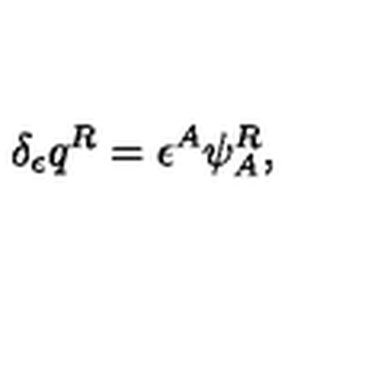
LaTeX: \delta _ { \epsilon } q ^ { R } = \epsilon ^ { A } \psi _ { A } ^ { R } ,